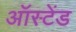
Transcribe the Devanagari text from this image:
ऑस्टेंड